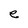
Character: e